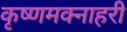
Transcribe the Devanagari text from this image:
कृष्णमक्नाहरी